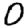
Digit: 0